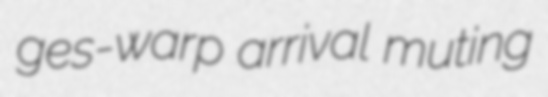
ges-warp arrival muting